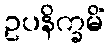
ဥပနိက္ခမိံ